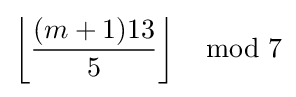
\left\lfloor {\frac {(m+1)13}{5}}\right\rfloor \mod 7